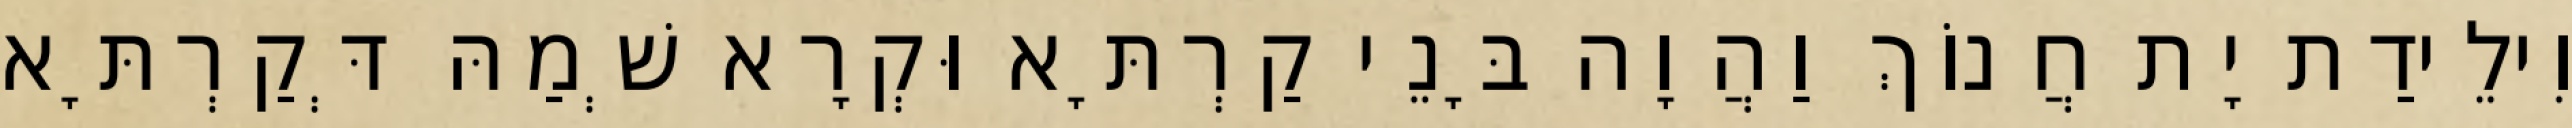
וִילֵידַת יָת חֲנוֹךְ וַהֲוָה בָּנֵי קַרְתָּא וּקְרָא שְׁמַהּ דְּקַרְתָּא